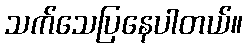
သက်သေပြနေပါတယ်။